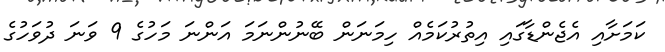
ކަމަށާއި އެޖެންޑާގައި އިތުރުކަމެއް ހިމަނަން ބޭނުންނަމަ އަންނަ މަހުގެ 9 ވަނަ ދުވަހުގެ